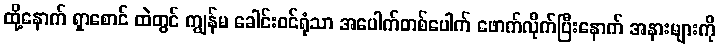
ထို့နောက် ရှာစောင် ထဲတွင် ကျွန်မ ခေါင်းဝင်ရုံသာ အပေါက်တစ်ပေါက် ဖောက်လိုက်ပြီးနောက် အနားများကို